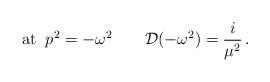
LaTeX: \begin{align*}{\rm at }\;\; p^2 = -\omega^2\qquad {\cal D}(-\omega^2) =\frac{i}{\mu^2}\,.\end{align*}